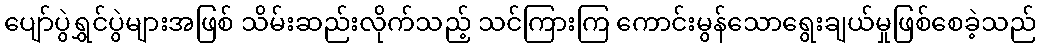
ပျော်ပွဲရွှင်ပွဲများအဖြစ် သိမ်းဆည်းလိုက်သည့် သင်ကြားကြ ကောင်းမွန်သောရွေးချယ်မှုဖြစ်စေခဲ့သည်